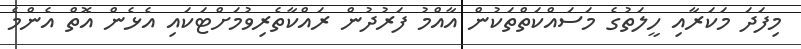
މިފަދަ މަކަރާއި ހީލަތުގެ މަސައްކަތްތަކުން އާއްމު ފަރުދުން ރައްކާތެރިވުމަށްޓަކައި އެޅެން އޮތް އެންމެ